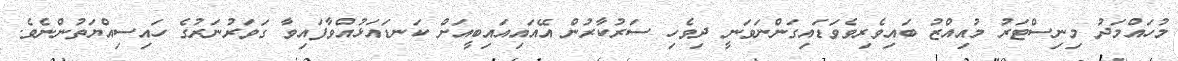
މުހައްމަދު މިނިސްޓަރު މުއިއްޒު ބައިވެރިވެވަޑައިގަންނަވަނީ ދިވެހި ސަރުކާރުން އޭއައިއައިބީއަށް ކަނޑައަޅުއްވާފައިވާ ގަވަރުނަރުގެ ހައިސިއްޔަތުންނެވެ.